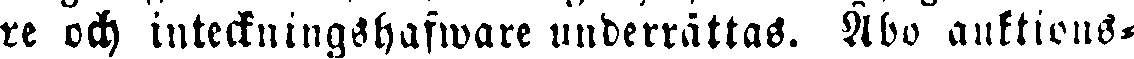
re och inteckningshafware underrättas. Åbo auktions-